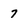
Character: 7